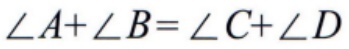
\(\angle A+\angle B=\angle C+\angle D\)